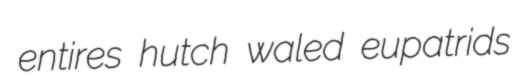
entires hutch waled eupatrids